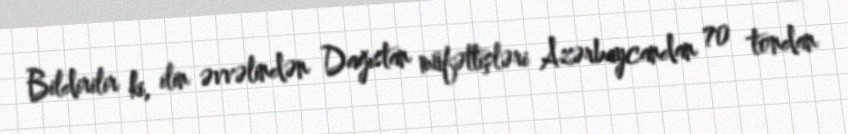
Bildirilir ki, ilin əvvəlindən Dağıstan müfəttişləri Azərbaycandan 70 tondan